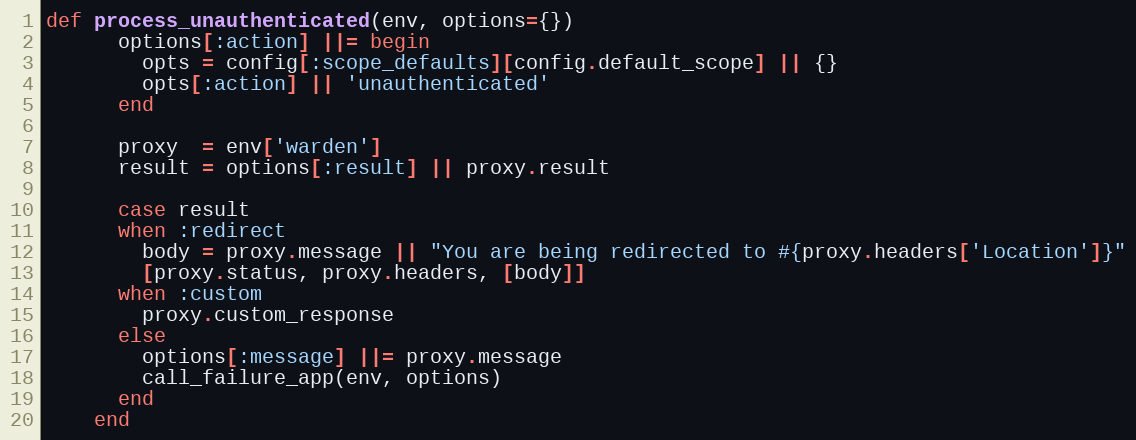
Language: Ruby
def process_unauthenticated(env, options={})
      options[:action] ||= begin
        opts = config[:scope_defaults][config.default_scope] || {}
        opts[:action] || 'unauthenticated'
      end

      proxy  = env['warden']
      result = options[:result] || proxy.result

      case result
      when :redirect
        body = proxy.message || "You are being redirected to #{proxy.headers['Location']}"
        [proxy.status, proxy.headers, [body]]
      when :custom
        proxy.custom_response
      else
        options[:message] ||= proxy.message
        call_failure_app(env, options)
      end
    end